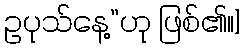
ဥပုသ်နေ့”ဟု ဖြစ်၏။]